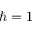
\hslash = 1